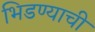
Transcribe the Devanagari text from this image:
भिडण्याची